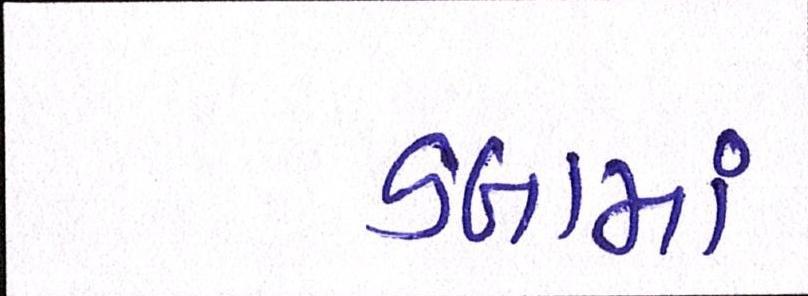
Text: ડબામાં